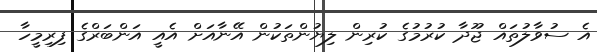
އެ ސުވާލުތައް ޖޫދާ ކުރުމުގެ ކުރިން ލިޔުންތަކުން އޭނާއަށް އެއީ އަންބަރްގެ ފިރިމީހާ